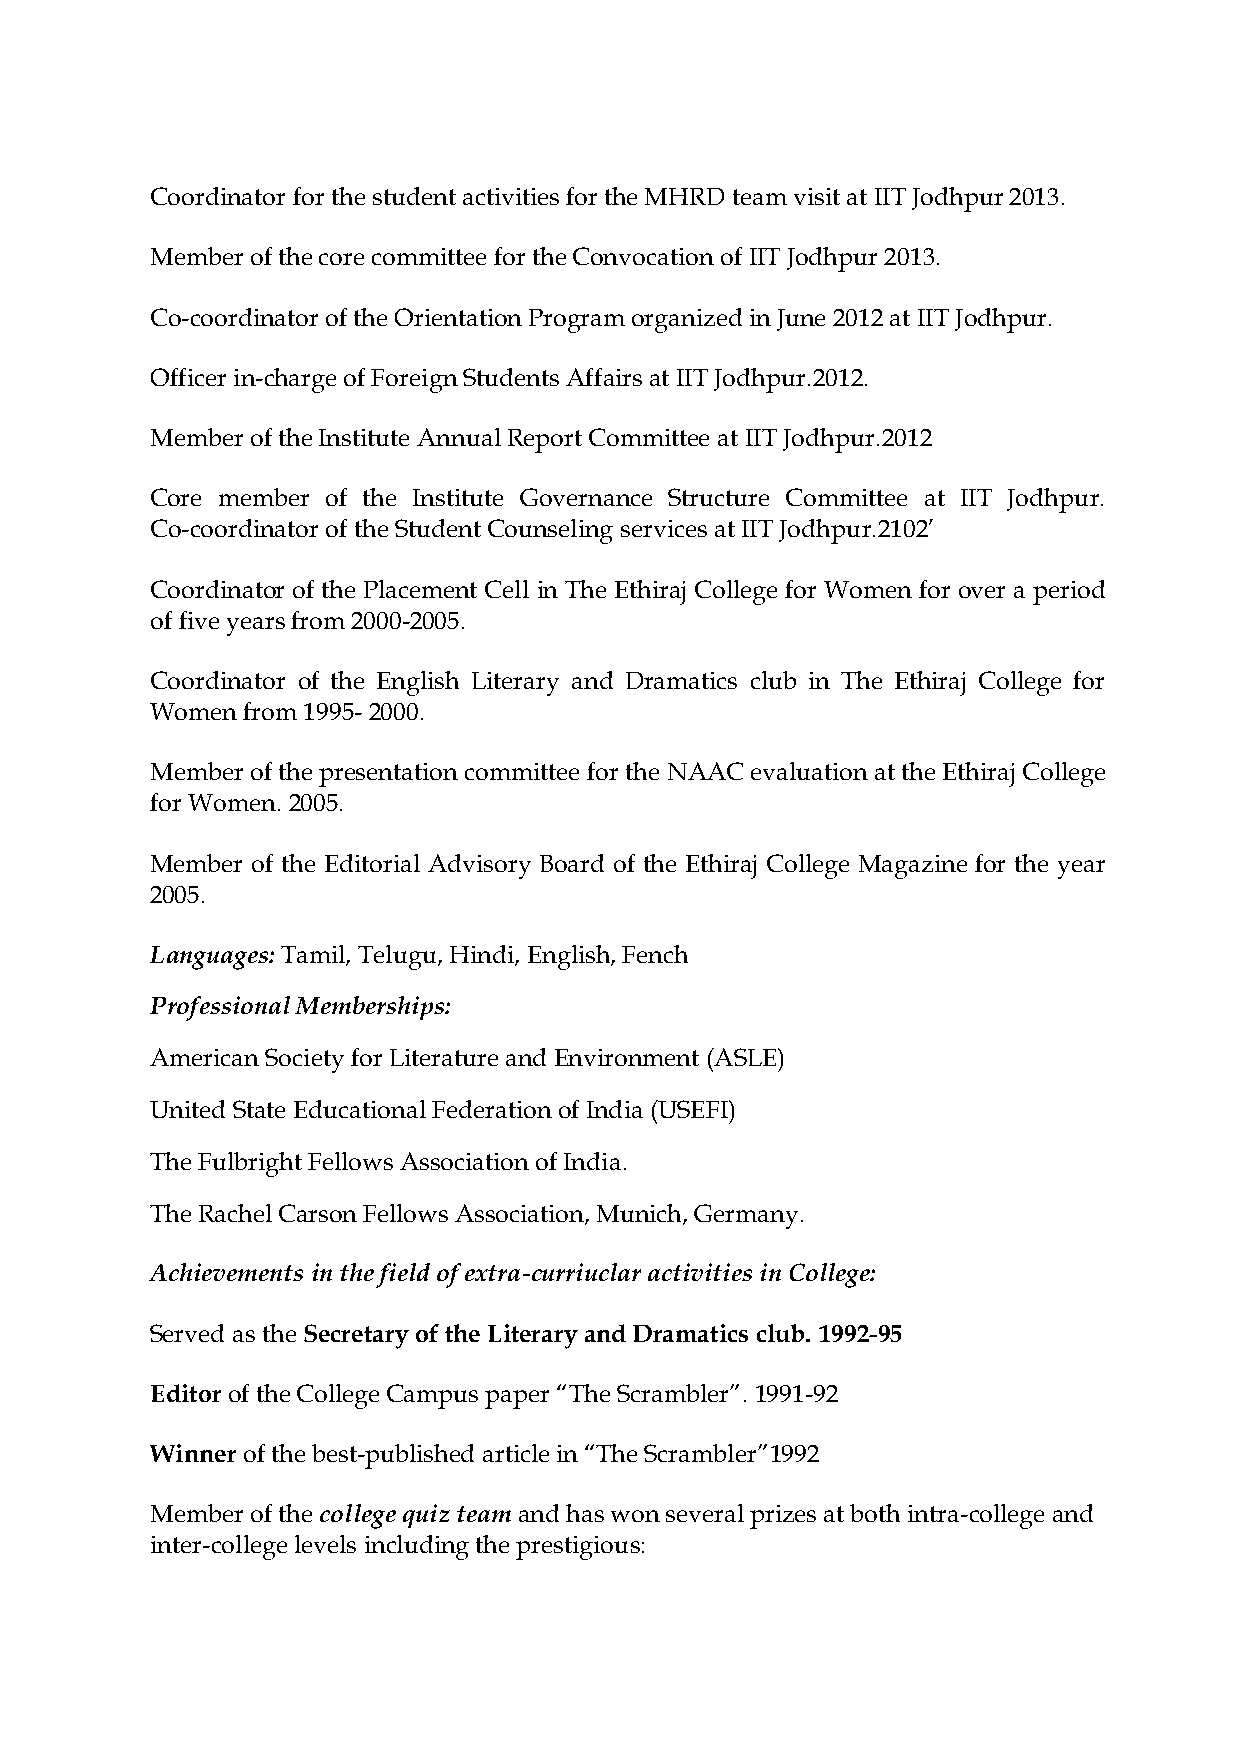
Coordinator for the student activities for the MHRD team visit at IIT Jodhpur 2013.
 Member of the core committee for the Convocation of IIT Jodhpur 2013.
 Co-coordinator of the Orientation Program organized in June 2012 at IIT Jodhpur.
 Officer in-charge of Foreign Students Affairs at IIT Jodhpur.2012.
 Member of the Institute Annual Report Committee at IIT Jodhpur.2012
 Core member of the Institute Governance Structure Committee at IIT Jodhpur.
 Co-coordinator of the Student Counseling services at IIT Jodhpur.2102’
 Coordinator of the Placement Cell in The Ethiraj College for Women for over a period
 of five years from 2000-2005.
 Coordinator of the English Literary and Dramatics club in The Ethiraj College for
 Women from 1995- 2000.
 Member of the presentation committee for the NAAC evaluation at the Ethiraj College
 for Women. 2005.
 Member of the Editorial Advisory Board of the Ethiraj College Magazine for the year
 2005.
 Languages: Tamil, Telugu, Hindi, English, Fench
 Professional Memberships:
 American Society for Literature and Environment (ASLE)
 United State Educational Federation of India (USEFI)
 The Fulbright Fellows Association of India.
 The Rachel Carson Fellows Association, Munich, Germany.
 Achievements in the field of extra-curriuclar activities in College:
 Served as the Secretary of the Literary and Dramatics club. 1992-95
 Editor of the College Campus paper “The Scrambler”. 1991-92
 Winner of the best-published article in “The Scrambler”1992
 Member of the college quiz team and has won several prizes at both intra-college and
 inter-college levels including the prestigious: